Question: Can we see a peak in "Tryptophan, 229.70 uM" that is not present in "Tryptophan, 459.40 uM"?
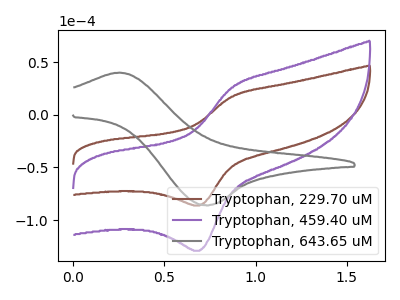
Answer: <think>The brown curve "Tryptophan, 229.70 uM" has an anodic peak at (0.85V, 17.30uA) and a cathodic peak at (0.70V, -86.15uA). The purple curve "Tryptophan, 459.40 uM" has an anodic peak at (0.85V, 25.95uA) and a cathodic peak at (0.70V, -129.10uA). The gray curve "Tryptophan, 643.65 uM" has an anodic peak at (0.25V, 40.10uA) and a cathodic peak at (0.75V, -85.80uA).
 All the peaks in "Tryptophan, 229.70 uM" have a peak in "Tryptophan, 459.40 uM" at the same potential. Every peak in "Tryptophan, 229.70 uM" is lower than every peak in "Tryptophan, 459.40 uM".</think>
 <answer>No, "Tryptophan, 229.70 uM" and "Tryptophan, 459.40 uM" don't appear to be significantly different in shape</answer>
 <eval>no_change</eval>